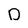
Character: D